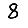
Digit: 8